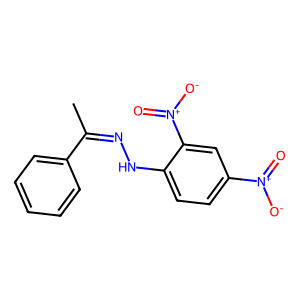
SMILES: CC(=NNc1ccc([N+](=O)[O-])cc1[N+](=O)[O-])c1ccccc1
Inhibits HIV replication: No